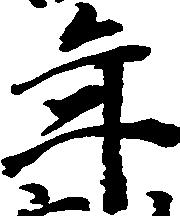
年